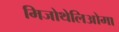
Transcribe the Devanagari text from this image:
मिजोथेलिओमा